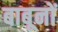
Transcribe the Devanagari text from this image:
बाबूनों